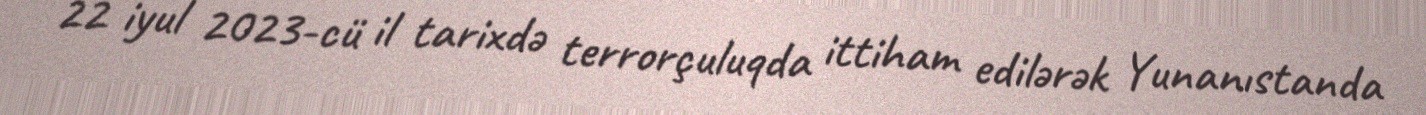
22 iyul 2023-cü il tarixdə terrorçuluqda ittiham edilərək Yunanıstanda